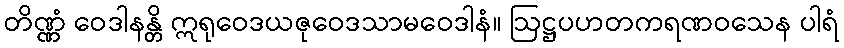
တိဏ္ဏံ ဝေဒါနန္တိ ဣရုဝေဒယဇုဝေဒသာမဝေဒါနံ။ ဩဋ္ဌပဟတကရဏဝသေန ပါရံ